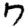
Digit: 7